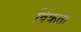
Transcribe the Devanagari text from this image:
विक्रता